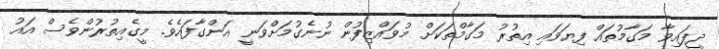
ދީފައިވާ މަގާމުތައް ފިޔަވައި އިތުރު މަގާމްތަކަށް މުވައްޒިފުން ނުނެގުމަށްވަނީ އަންގާފައެވެ. މީގެއިތުރުންވެސް އައު